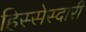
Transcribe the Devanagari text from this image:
हिस्सेस्दारी